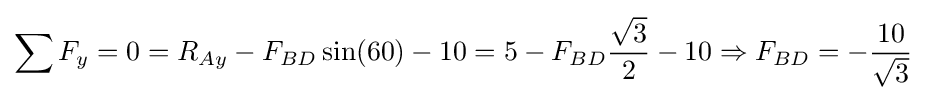
\sum F_{y}=0=R_{Ay}-F_{BD}\sin(60)-10=5-F_{BD}{\frac {\sqrt {3}}{2}}-10\Rightarrow F_{BD}=-{\frac {10}{\sqrt {3}}}